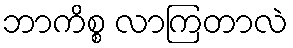
ဘာကိစ္စ လာကြတာလဲ